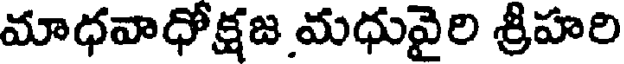
మాధవాధోక్షజ మధువైరి శ్రీహరి